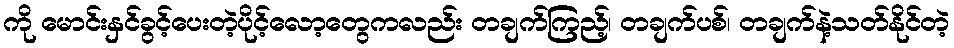
ကို မောင်းနှင်ခွင့်ပေးတဲ့ပိုင့်လော့တွေကလည်း တချက်ကြည့်၊ တချက်ပစ်၊ တချက်နဲ့သတ်နိုင်တဲ့